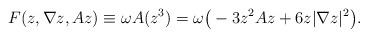
LaTeX: \begin{align*} F(z, \nabla z, Az) \equiv \omega A (z^3) = \omega \big(-3z^2Az + 6z|\nabla z|^2\big).\end{align*}